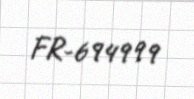
FR-694999